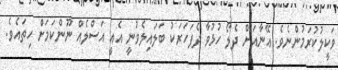
ވަކީލުކުރަމުންނެވެ. އޭނާއަށް ދެލޯ ހުޅުވާ ދެފަހަރަކު ބަލައިލެވުނީ އެއީ އަސްލެއް ނޫންކަމަށް ހިތައެވެ.